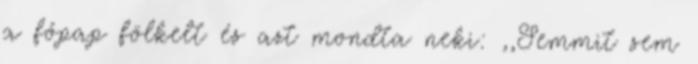
a főpap fölkelt és azt mondta neki: ,,Semmit sem